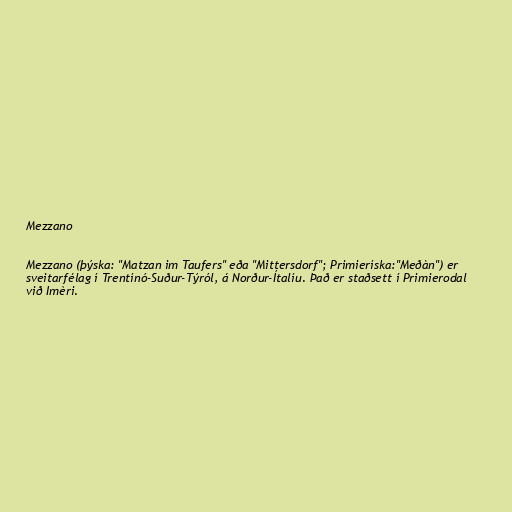
Mezzano

Mezzano (þýska: "Matzan im Taufers" eða "Mittersdorf"; Primieríska:"Meðàn") er
sveitarfélag í Trentínó-Suður-Týról, á Norður-Ítalíu. Það er staðsett í Primierodal
við Imèri.